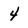
Character: 4